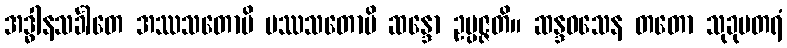
အဒ္ဓါနသင်္ခါတေ အဿသတောပိ ပဿသတောပိ ဆန္ဒော ဥပ္ပဇ္ဇတိ။ ဆန္ဒဝသေန တတော သုခုမတရံ